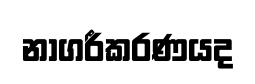
නාගරීකරණයද